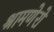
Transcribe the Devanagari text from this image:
श्रामणेरो